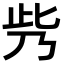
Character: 𠂱